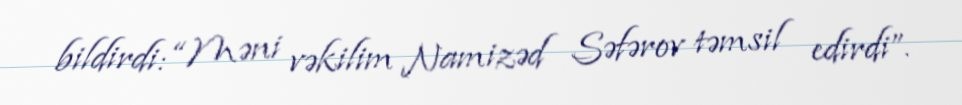
bildirdi: “Məni vəkilim Namizəd Səfərov təmsil edirdi”.